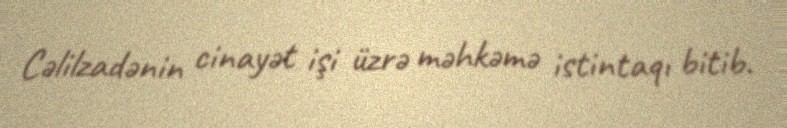
Cəlilzadənin cinayət işi üzrə məhkəmə istintaqı bitib.